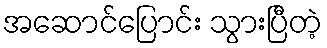
အဆောင်ပြောင်း သွားပြီတဲ့